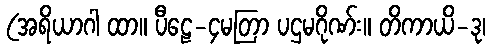
(အရိယာဂါ ထာ။ ပီဠေ-၄မတြာ ပဌမဂိုဏ်း။ တိကာယိ-ဒု၊